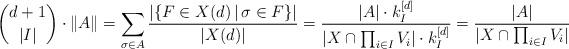
LaTeX: \begin{align*} {d+1 \choose |I|} \cdot \|A\| = \sum_{\sigma \in A} \frac{|\{F \in X(d)\,|\,\sigma \in F\}|}{|X(d)|}= \frac{|A| \cdot k_I^{[d]}}{|X \cap \prod_{i \in I} V_i|\cdot k_I^{[d]} } = \frac{|A| }{|X \cap \prod_{i \in I} V_i|}\end{align*}